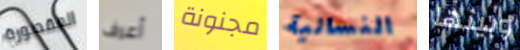
المقصورة أعرف مجنونة النسائية وبينها